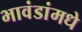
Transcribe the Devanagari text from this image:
भावंडांमधे